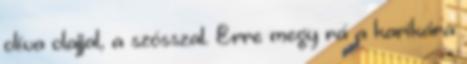
olíva olajjal, a szósszal. Erre megy rá a karikára